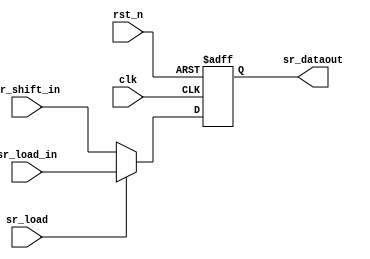
// This program was cloned from: https://github.com/intel/aib-phy-hardware
// License: Apache License 2.0

// SPDX-License-Identifier: Apache-2.0
// Copyright (C) 2019 Intel Corporation. All rights reserved
module hdpldadapt_sr_in_bit
 #(
    parameter RESET_VAL    = 0     // Reset value
  )
(
input wire  sr_load_in,
input wire  sr_shift_in,
input wire  sr_load,
input wire  clk,
input wire  rst_n,

output reg  sr_dataout
);

localparam reset_value = (RESET_VAL == 1) ? 1'b1 : 1'b0;

always @(negedge rst_n or posedge clk)
  if (rst_n == 1'b0)
    begin
      sr_dataout <= reset_value;
    end
  else
    begin
      sr_dataout <= sr_load ? sr_load_in : sr_shift_in;
    end


endmodule